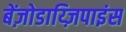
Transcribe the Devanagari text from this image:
बेंज़ोडाय्ज़िपाइंस